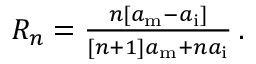
\begin{array} { r } { R _ { n } = \frac { n [ a _ { \mathrm { m } } - a _ { \mathrm { i } } ] } { [ n + 1 ] a _ { \mathrm { m } } + n a _ { \mathrm { i } } } \, . } \end{array}